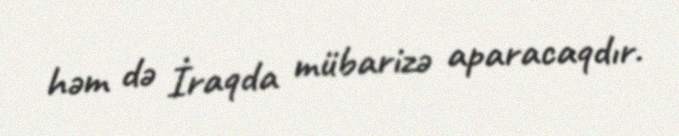
həm də İraqda mübarizə aparacaqdır.